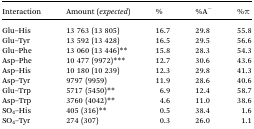
<table><thead><tr><td><b>Interaction</b></td><td><b>Amount (<i>expected</i>)</b></td><td><b>%</b></td><td><b>%A<sup>–</sup></b></td><td><b>%π</b></td></tr></thead><tbody><tr><td>Glu–His</td><td>13 763 (13 805)</td><td>16.7</td><td>29.8</td><td>55.8</td></tr><tr><td>Glu–Tyr</td><td>13 592 (13 428)</td><td>16.5</td><td>29.5</td><td>56.6</td></tr><tr><td>Glu–Phe</td><td>13 060 (13 446)**</td><td>15.8</td><td>28.3</td><td>54.3</td></tr><tr><td>Asp–Phe</td><td>10 477 (9972)***</td><td>12.7</td><td>30.6</td><td>43.6</td></tr><tr><td>Asp–His</td><td>10 180 (10 239)</td><td>12.3</td><td>29.8</td><td>41.3</td></tr><tr><td>Asp–Tyr</td><td>9797 (9959)</td><td>11.9</td><td>28.6</td><td>40.6</td></tr><tr><td>Glu–Trp</td><td>5717 (5450)**</td><td>6.9</td><td>12.4</td><td>58.7</td></tr><tr><td>Asp–Trp</td><td>3760 (4042)**</td><td>4.6</td><td>11.0</td><td>38.6</td></tr><tr><td>SO<sub>4</sub>–His</td><td>405 (316)**</td><td>0.5</td><td>38.4</td><td>1.6</td></tr><tr><td>SO<sub>4</sub>–Tyr</td><td>274 (307)</td><td>0.3</td><td>26.0</td><td>1.1</td></tr></tbody></table>